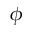
\phi